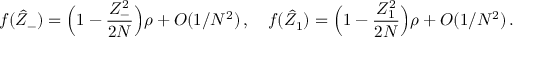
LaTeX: f ( \hat { Z } _ { - } ) = \Bigl ( 1 - { \frac { Z _ { - } ^ { 2 } } { 2 N } } \Bigr ) \rho + { \cal O } ( 1 / N ^ { 2 } ) \, , \quad f ( \hat { Z } _ { 1 } ) = \Bigl ( 1 - { \frac { Z _ { 1 } ^ { 2 } } { 2 N } } \Bigr ) \rho + { \cal O } ( 1 / N ^ { 2 } ) \, .